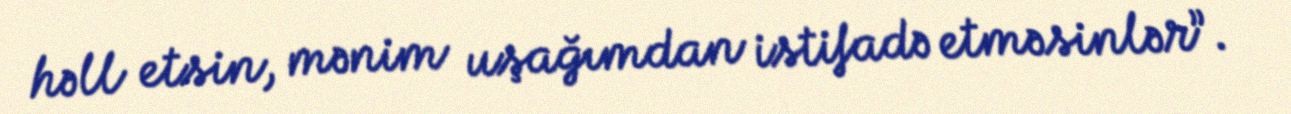
həll etsin, mənim uşağımdan istifadə etməsinlər”.